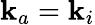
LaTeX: \mathbf{k}_{a}=\mathbf{k}_{i}